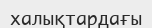
халықтардағы